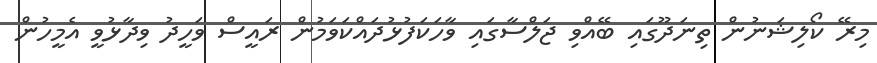
މިރޭ ކޯލިޝަނުން ތިނަދޫގައި ބޭއްވި ޖަލްސާގައި ވާހަކަފުޅުދައްކަވަމުން ރައީސް ވަހީދު ވިދާޅުވީ އެމީހުން